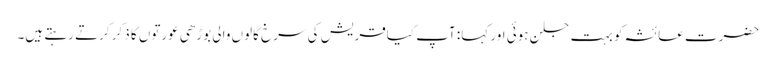
حضرت عائشہ کو بہت جلن ہوئی اور کہا: آپ کیاقریش کی سرخ گالوں والی بوڑھی عورتوں کا ذکر کرتے رہتے ہیں۔